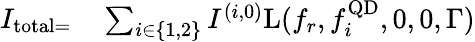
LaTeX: \begin{array}{rl}{I_{\mathrm{total}=}}&{{}\sum_{i\in\{ 1,2\} }I^{(i,0)}\mathrm{L}(f_{r},f_{i}^{\textrm{QD}},0,0,\Gamma)}\end{array}